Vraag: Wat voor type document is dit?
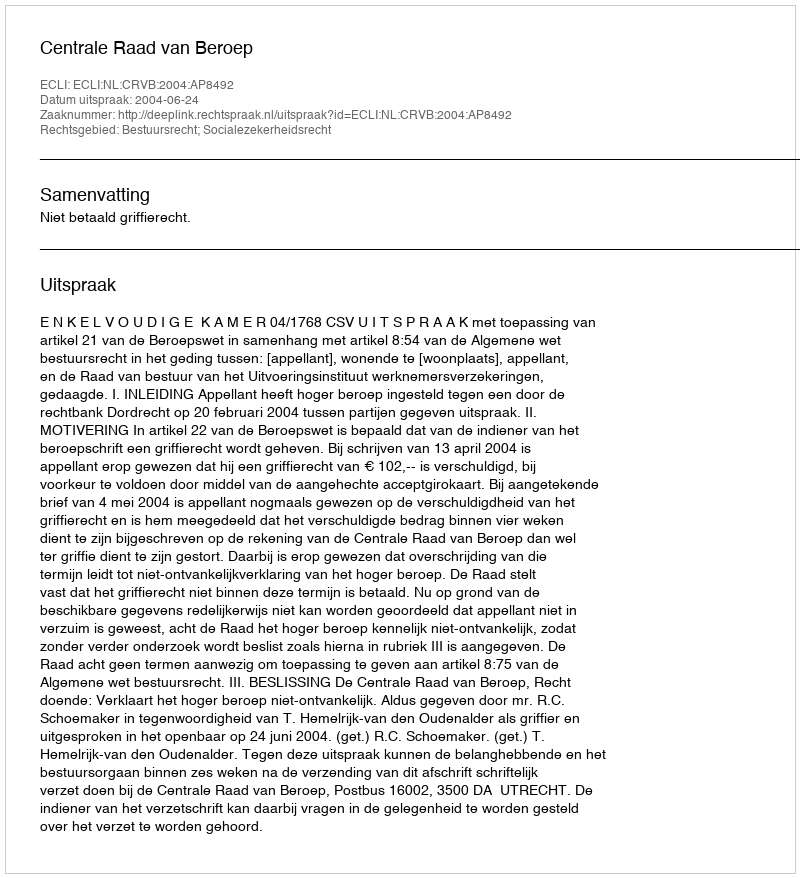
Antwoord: Uitspraak